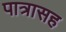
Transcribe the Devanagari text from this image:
पात्रासह